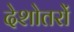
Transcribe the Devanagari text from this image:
देशोतरों